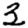
Digit: 3